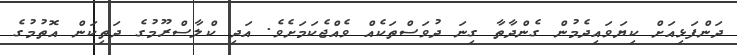
ދަންފަޅިއަށް ކިޔަވައިދެމުން ގެންދާތާ ގިނަ ދުވަސްތަކެއް ވެއްޖެކަމަށެވެ. އަދި ކްލާސްރޫމުގެ ދަތިކަން އޮތުމުގެ